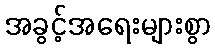
အခွင့်အရေးများစွာ